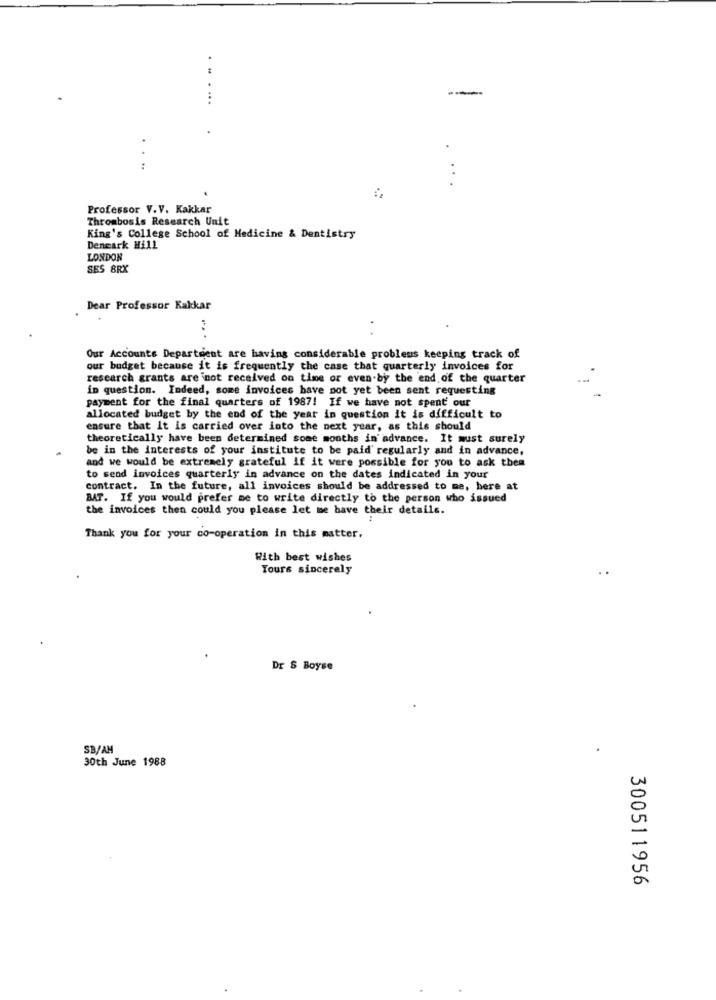
...
Professor V.V. Kakkar
Thrombosis Research Unit
King's College School of Medicine & Dentistry
Denmark Hill
LONDON
SES 8RX
Dear Professor Kakkar
...
Our Accounts Department are having considerable problems keeping track of
our budget because it is frequently the case that quarterly invoices for
research grants are not received on time or even-by the end of the quarter
in question. Indeed, some invoices have not yet been sent requesting
payment for the final quarters of 1987! If we have not spent our
allocated budget by the end of the year in question it is difficult to
ensure that it is carried over into the next year, as this should
theoretically have been determined some months in advance. It must surely
be in the interests of your institute to be paid regularly and in advance,
and we would be extremely grateful if it were possible for you to ask them
to send invoices quarterly in advance on the dates indicated in your
contract. In the future, all invoices should be addressed to me, here at
BAT. If you would prefer me to write directly to the person who issued
the invoices then could you please let me have their details.
Thank you for your co-operation in this matter.
With best wishes
Yours sincerely
Dr & Boyse
SB/AM
30th June 1988
300511956